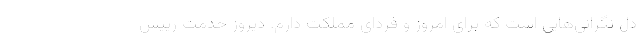
دل نگرانی‌هایی است که برای امروز و فردای مملکت دارم. دیروز خدمت رییس